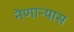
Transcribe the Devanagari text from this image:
नेणाऱ्यास